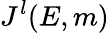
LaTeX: J^{l}(E,m)